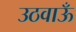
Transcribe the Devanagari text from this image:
उठवाऊँ